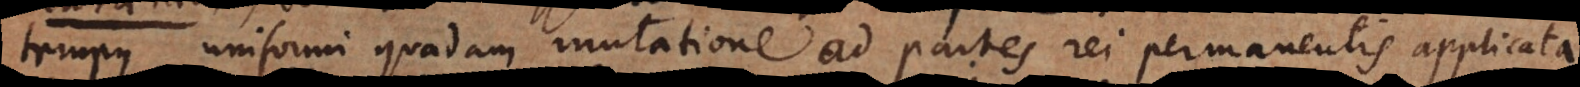
tempus uniformi quadam mutatione ad partes rei permanentis applicata